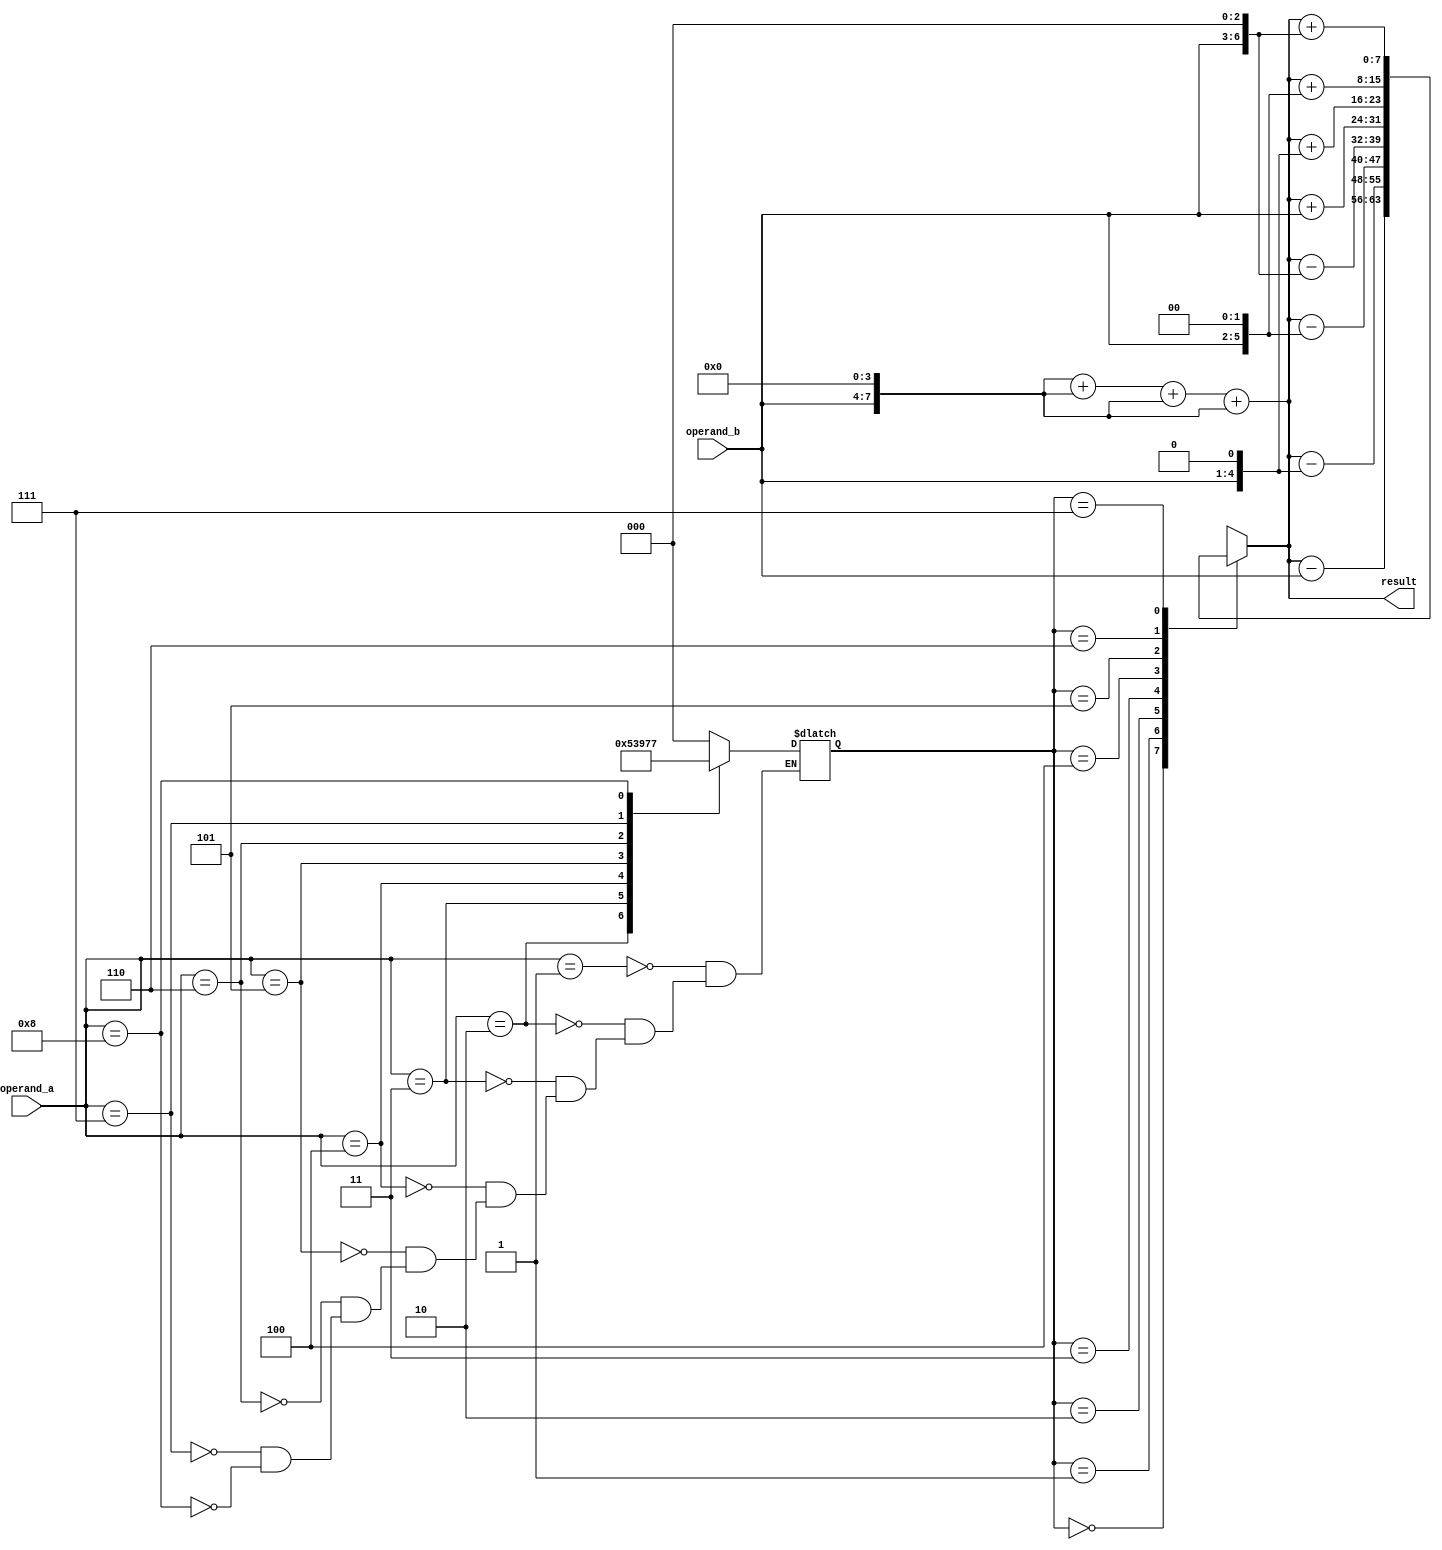
module BoothMultiplier(
    input [3:0] operand_a,
    input [3:0] operand_b,
    output reg [7:0] result
);

// Partial Product Generator
reg [7:0] partial_products [0:3];
always @(*)
begin
    partial_products[0] = {operand_b, 4'b0};
    partial_products[1] = {operand_b, 4'b0};
    partial_products[2] = {operand_b, 4'b0};
    partial_products[3] = {operand_b, 4'b0};   
end

// Partial Product Adder
always @(*)
begin
    result = partial_products[0] + partial_products[1] + partial_products[2] + partial_products[3];
end

// Booth Encoder
reg [2:0] booth_encoding;
always @(*)
begin
    case(operand_a)
        4'b0001: booth_encoding = 3'b000;
        4'b0010: booth_encoding = 3'b001;
        4'b0011: booth_encoding = 3'b010;
        4'b0100: booth_encoding = 3'b011;
        4'b0101: booth_encoding = 3'b100;
        4'b0110: booth_encoding = 3'b101;
        4'b0111: booth_encoding = 3'b110;
        4'b1000: booth_encoding = 3'b111;
    endcase
end

// Final Accumulator
always @(*)
begin
    case(booth_encoding)
        3'b000: result = result - (operand_b << 0);
        3'b001: result = result - (operand_b << 1);
        3'b010: result = result - (operand_b << 2);
        3'b011: result = result - (operand_b << 3);
        3'b100: result = result + (operand_b << 0);
        3'b101: result = result + (operand_b << 1);
        3'b110: result = result + (operand_b << 2);
        3'b111: result = result + (operand_b << 3);
    endcase
end

endmodule